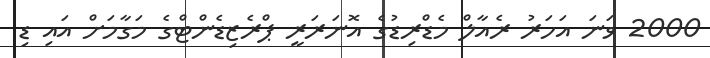
2000 ވަނަ އަހަރު ރެއާލް މެޑްރިޑުގެ އޮނަރަރީ ޕްރެޒިޑެންޓްގެ މަގާމަށް އައި ޑި